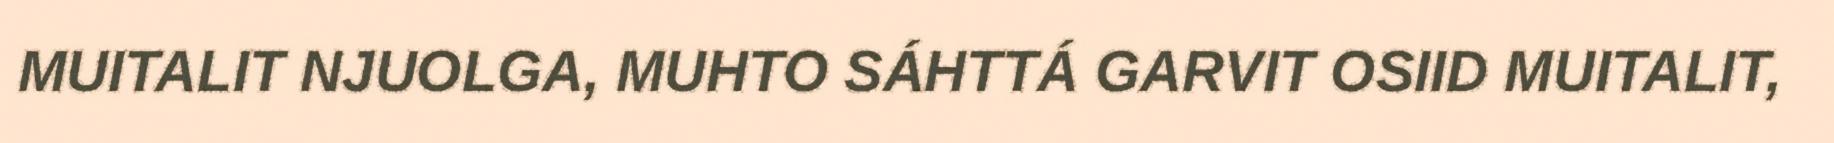
MUITALIT NJUOLGA, MUHTO SÁHTTÁ GARVIT OSIID MUITALIT,